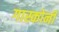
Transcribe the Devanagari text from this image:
गास्कोनी